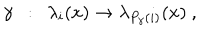
\gamma ~ ~ : ~ ~ \lambda _ { i } ( x ) \rightarrow \lambda _ { P _ { \gamma } ( i ) } ( x ) ~ ,